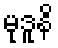
မုဒူနိ